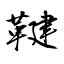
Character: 鞬